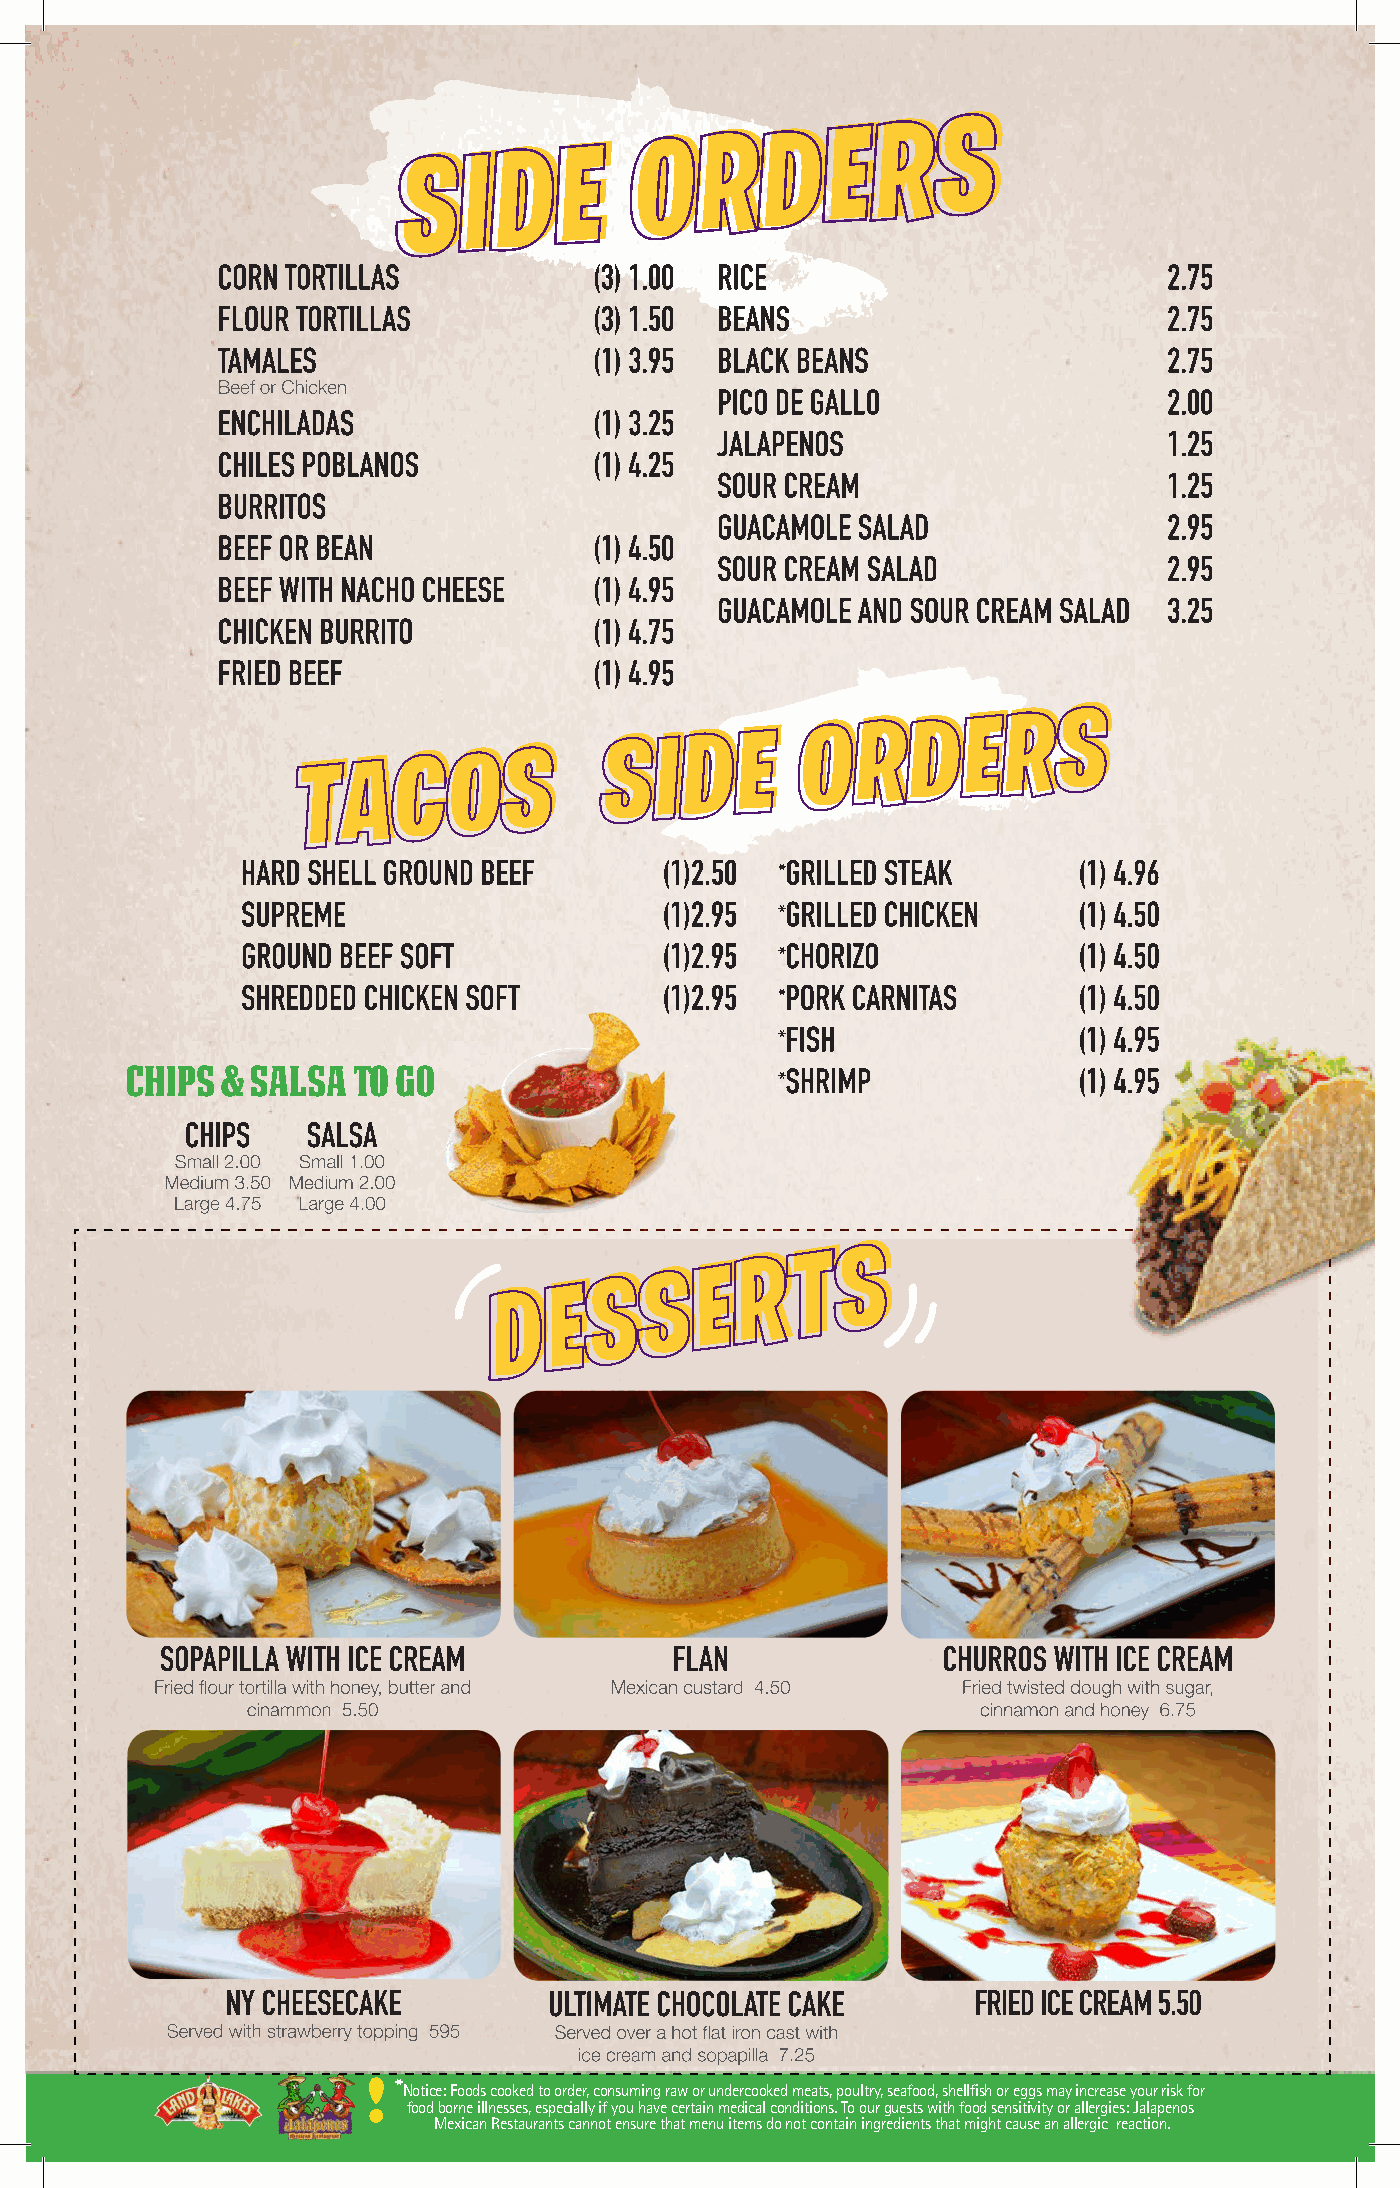
! *
 Notice: Foods cooked to order, consuming raw or undercooked meats, poultry, seafood, shellfish or eggs may increase your risk for
 food borne illnesses, especially if you have certain medical conditions. To our guests with food sensitivity or allergies: Jalapenos
 Mexican Restaurants cannot ensure that menu items do not contain ingredients that might cause an allergic reaction.